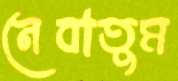
নেবাতুম